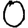
Digit: 0